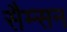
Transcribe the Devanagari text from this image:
सैम्सन